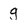
Character: g